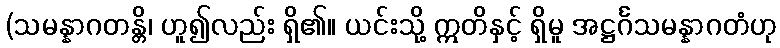
(သမန္နာဂတန္တိ၊ ဟူ၍လည်း ရှိ၏။ ယင်းသို့ ဣတိနှင့် ရှိမူ အဋ္ဌင်္ဂသမန္နာဂတံဟု